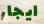
ايجار